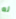
له